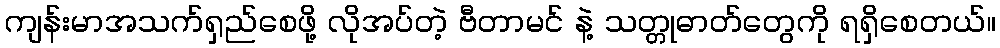
ကျန်းမာအသက်ရှည်စေဖို့ လိုအပ်တဲ့ ဗီတာမင် နဲ့ သတ္တုဓာတ်တွေကို ရရှိစေတယ်။